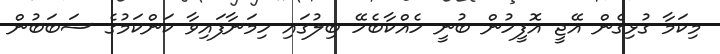
މިކަމާ ގުޅިގެން އޭޖީ އޮފީހުން ބުނީ ހެއްކާބެހޭ ބިލުގައި ހިމަނާފައިވާ ކަންކަމުގެ ސަބަބުން